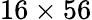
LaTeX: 16\times 56